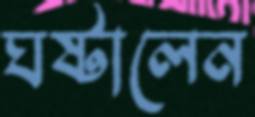
ঘষ্‌টালেন